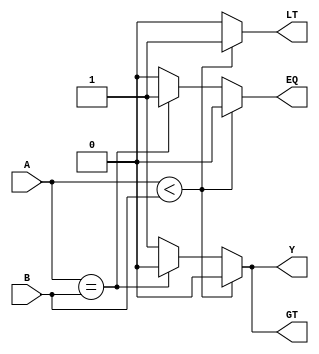
module comparator (
  input [3:0] A,
  input [3:0] B,
  output reg LT,
  output reg EQ,
  output reg GT,
  output reg Y
);

always @(*) begin
  if (A < B) begin
    LT = 1;
    EQ = 0;
    GT = 0;
    Y = 1'b0;
  end 
  else if (A == B) begin
    LT = 0;
    EQ = 1;
    GT = 0;
    Y = 1'b0;
  end 
  else begin
    LT = 0;
    EQ = 0;
    GT = 1;
    Y = 1'b1;
  end
end

endmodule